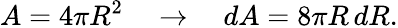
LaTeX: A=4\pi R^{2}\quad\rightarrow\quad dA=8\pi R\, dR.